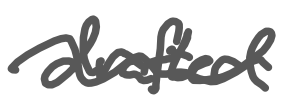
Text: drafted
Cross-out: wave
Writing tool: digital_gray